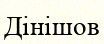
Дінішов